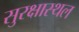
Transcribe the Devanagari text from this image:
सुरक्षास्थल